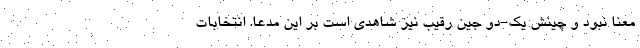
معنا نبود و چینش یک-دو جین رقیب نیز شاهدی است بر این مدعا. انتخابات